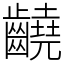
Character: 䶧